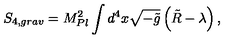
S _ { 4 , g r a v } = M _ { P l } ^ { 2 } \int d ^ { 4 } x \sqrt { - \tilde { g } } \left( \tilde { R } - \lambda \right) ,